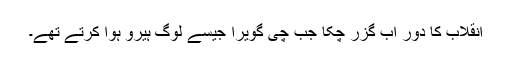
انقلاب کا دور اب گزر چکا جب چی گویرا جیسے لوگ ہیرو ہوا کرتے تھے۔